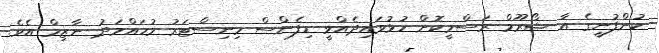
ކުންފުނީގެ އާ ޝޯރޫމް ރަސްމީކޮށް ހުޅުވައިދެއްވީ ޑިފެންސް މިނިސްޓަރު މުހައްމަދު ނާޒިމް އެވެ.